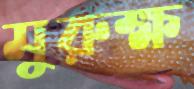
মুরুক্ষ